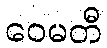
ဝေမတီ